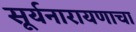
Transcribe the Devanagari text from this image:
सूर्यनारायणाचा